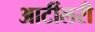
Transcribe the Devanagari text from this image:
आर्टीलरी